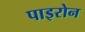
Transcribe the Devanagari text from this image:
पाइरोन